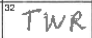
Transcription: TWR